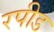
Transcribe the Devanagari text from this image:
रपीड